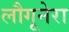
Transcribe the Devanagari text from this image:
लौगूनेरा